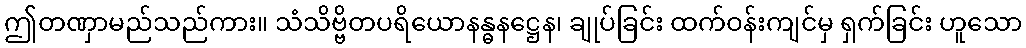
ဤတဏှာမည်သည်ကား။ သံသိဗ္ဗိတပရိယောနန္ဓနဋ္ဌေန၊ ချုပ်ခြင်း ထက်ဝန်းကျင်မှ ရှက်ခြင်း ဟူသော